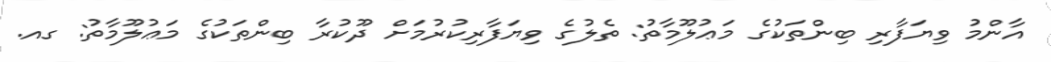
އާންމު ވިޔަފާރި ބިންތަކުގެ މަޢުލޫމާތު: ތެލުގެ ވިޔަފާރިކުރުމަށް ދޫކުރާ ބިންތަކުގެ މަޢުލޫމާތު: ގއ.